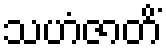
သဟံဇာတိံ